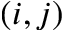
( i , j )